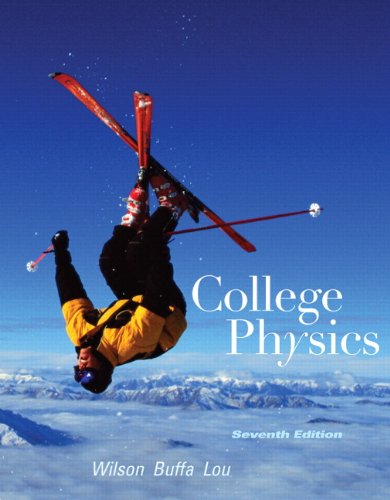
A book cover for College Physics (7th Edition); Jerry D. Wilson; Science & Math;